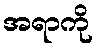
အရာကို